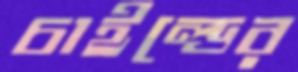
চাইল্ডের